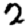
Digit: 2